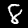
Label: 8